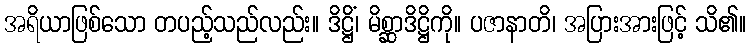
အရိယာဖြစ်သော တပည့်သည်လည်း။ ဒိဋ္ဌိံ၊ မိစ္ဆာဒိဋ္ဌိကို။ ပဇာနာတိ၊ အပြားအားဖြင့် သိ၏။